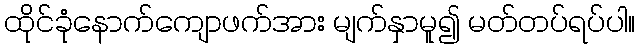
ထိုင်ခုံနောက်ကျောဖက်အား မျက်နှာမူ၍ မတ်တပ်ရပ်ပါ။